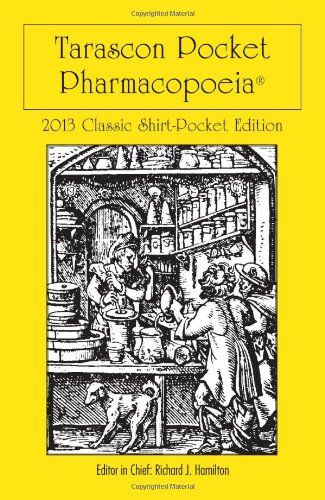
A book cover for Tarascon Pocket Pharmacopoeia 2013 Classic Shirt Pocket Edition; MD, FAAEM, FACMT, FACEP, Editor in Chief, Richard J. Hamilton; Medical Books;